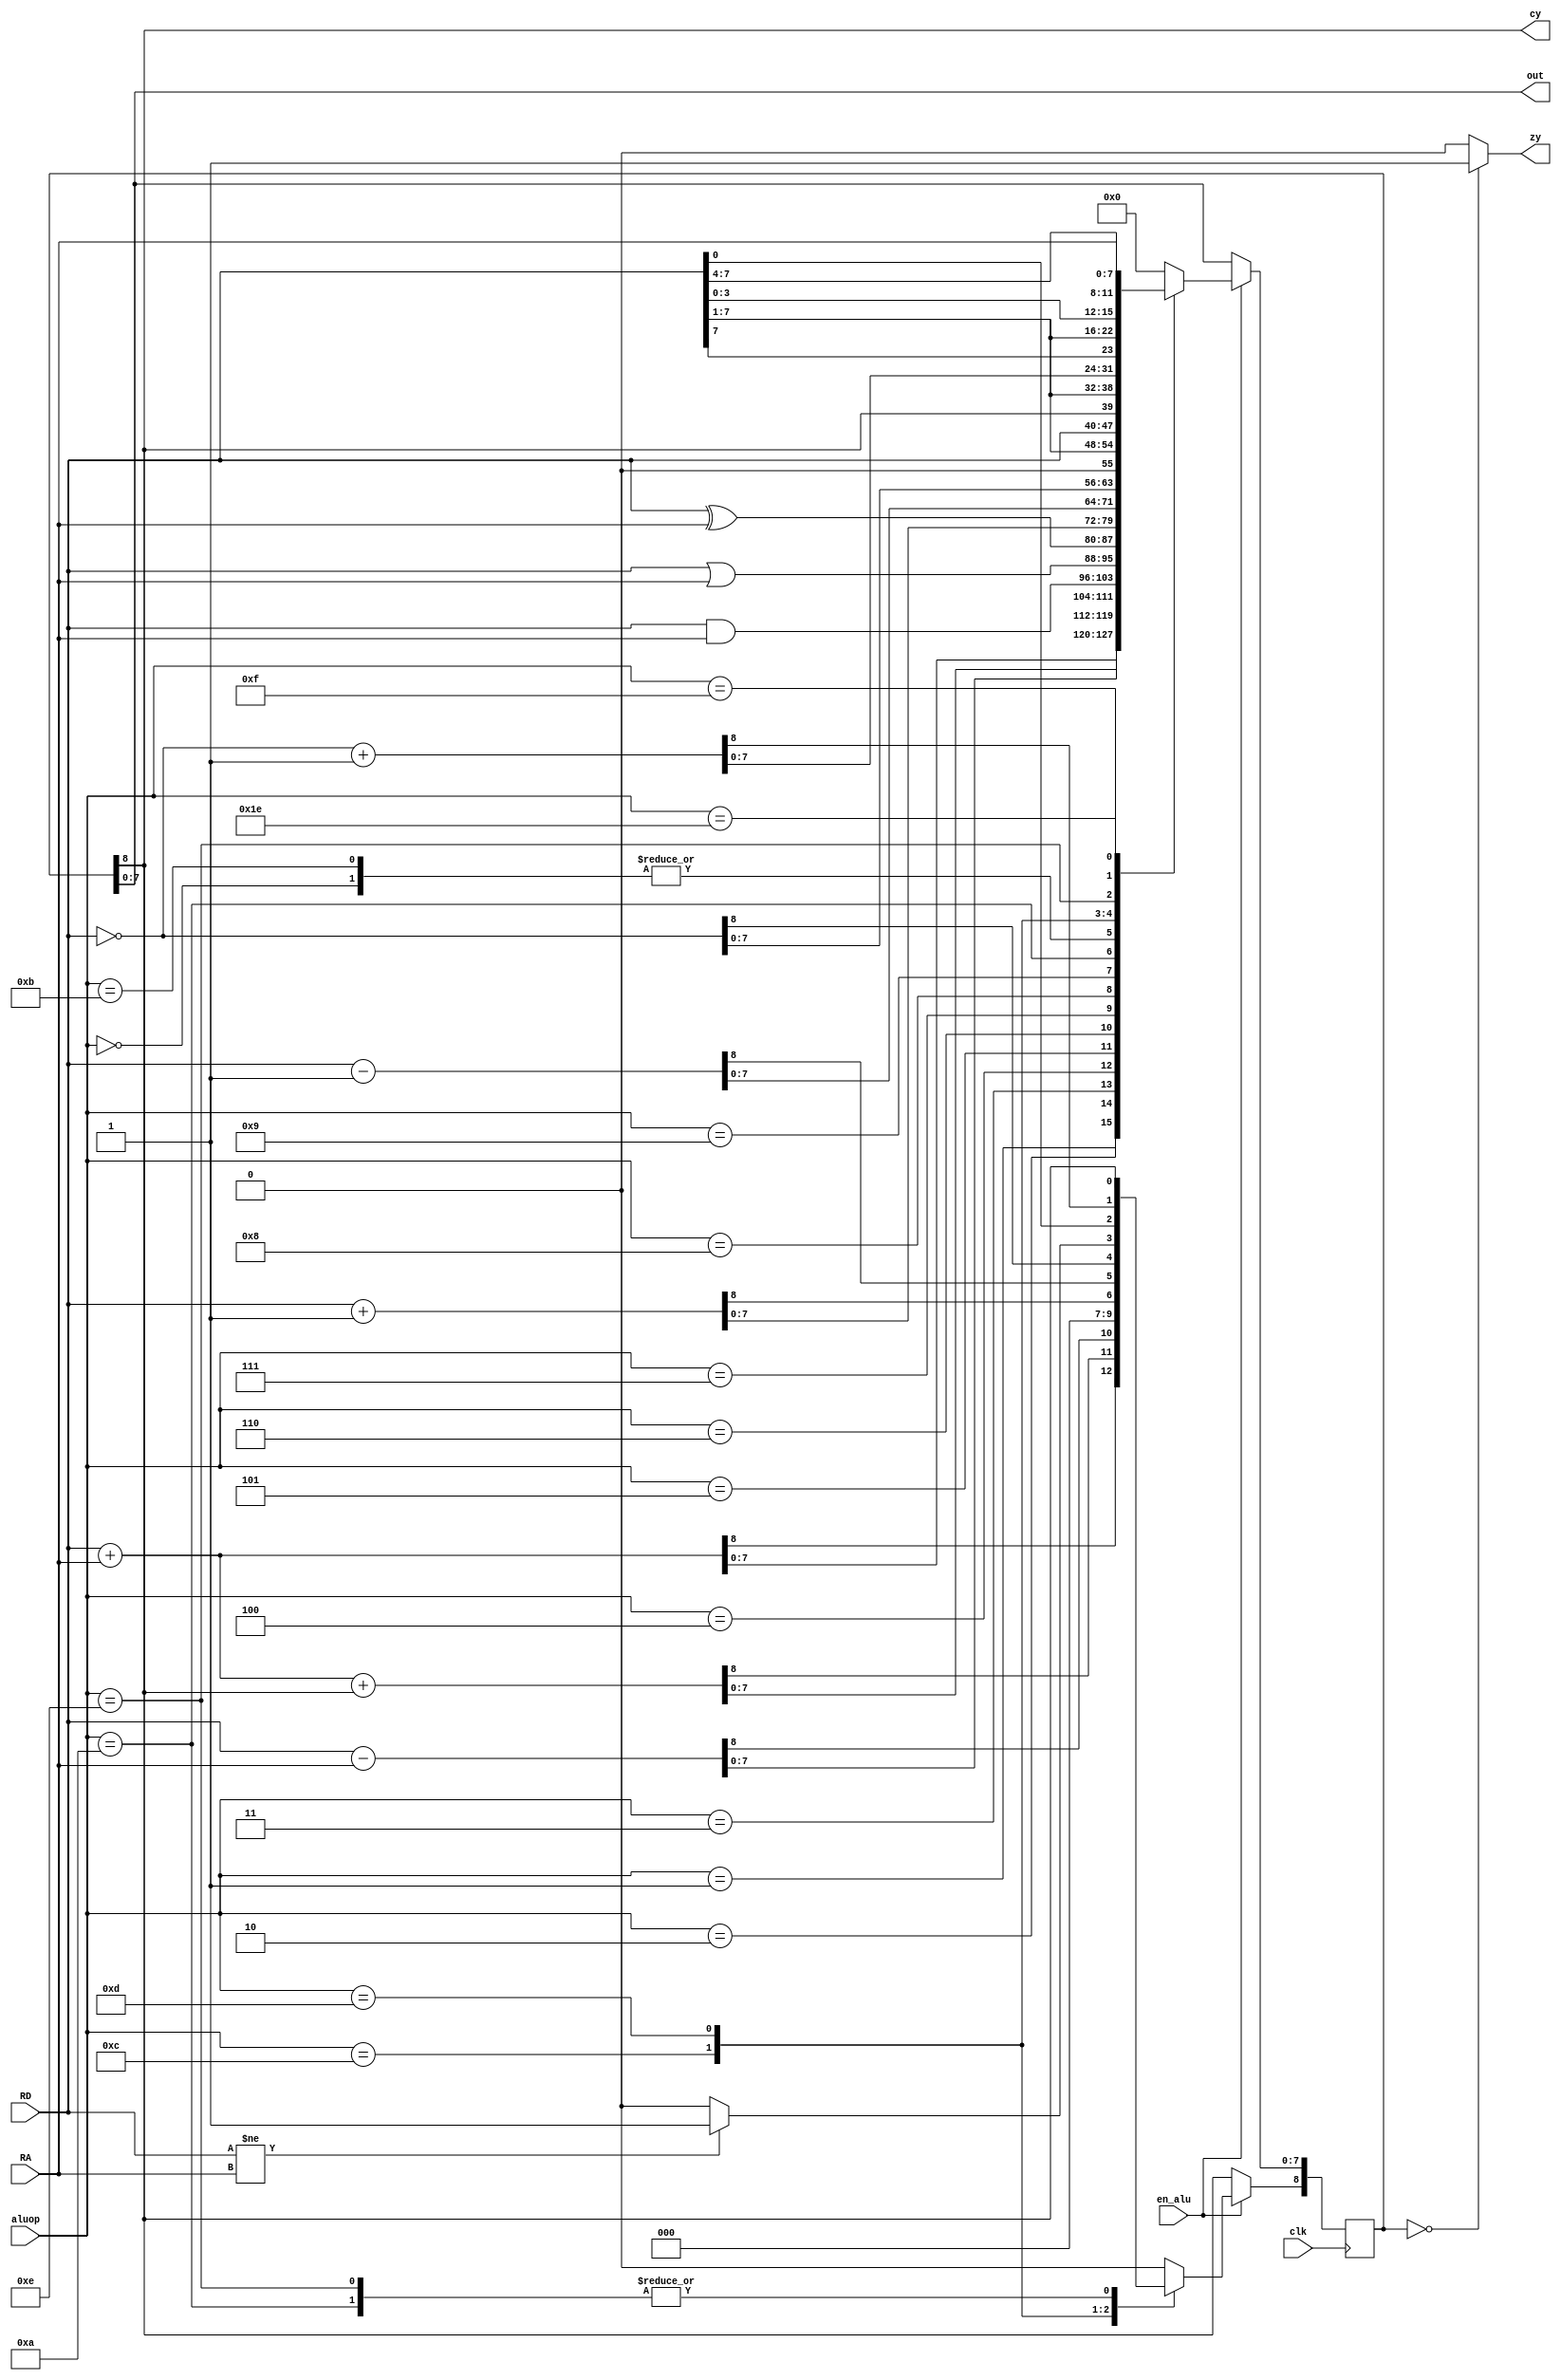
`timescale 1ns / 1ps
/*
ALU performs all arithmatical and logical operation on inputs according aluop input.
Carry Flag, Zero Flag changes according to execution.
*/
module Alu(clk, en_alu, RD, RA, aluop, out, cy, zy);

  input         clk;                                           // clock
  input         en_alu;                                        // ALU enable
  input  [7:0]  RD;                                            // Operand_2 Data 
  input  [7:0]  RA;  	                                       // Operand_1 Data
  input  [4:0]  aluop;                                         // alu operation 
  output [7:0]  out;                                           // alu result
  output        cy,zy;                                         // carry and zero flag
	 
  reg    [8:0]  result;                                        //All operation will take place at this reg

  assign cy  =  result[8];                                     //assigning carry to the last bit of result
 
  assign out =  result[7:0];                                   //assigning result to output of 8 bits data
 
  assign zy  = (result == 9'd0) ? 1'b1 : 1'b0;                 //zero flag

  always @(posedge clk)
  begin
    if(en_alu)
    begin
      case(aluop)
        
        5'b00000: result        <=   RD;                        // NOP,STS,LD
        
        5'b00001: result        <=   RD + RA;                   // Addition ADD, Left shift by 1(LSL)
        
        5'b00010: result        <=   RD + RA + result[8];       // Add with carry(ADC), Left shift through carry(ROL)
        
        5'b00011: result        <=   RD - RA;                   // Subtraction SUB
        
        5'b00100: result        <=   RD & RA;                   // AND_operation
        
        5'b00101: result        <=   RD | RA;                   // OR_operation
        
        5'b00110: result        <=   RD ^ RA;                   // XOR
        
        5'b00111: result        <=   RD + 1'b1;                 // Increment INC
        
        5'b01000: result        <=   RD - 1'b1;                 // Decrement DEC
            
        5'b01001: result        <=  ~RD;                        // Complement COM
            
        5'b01010: result[7:0]   <=   RD >> 1;                   // Right_shift by 1 (LSR)
            
        5'b01011: begin                                         // Compare CP & CPI
                   if(RD != RA)
                      result[8] <=   1;
				   else 
                      result[8] <=   0;    
                   result[7:0]  <=  RD;
                  end
                      
        5'b01100: result        <=   {RD[0],result[8],RD[7:1]};  // Right shift through carry ROR
            
        5'b01101: result        <=   ~ RD + 1;                   // 2's Complement NEG
            
        5'b01110: result        <=  {result[8],RD[7],RD[7:1]};   // Arithmetic Shift Right ASR
            
        5'b01111: result        <=  {RD[3:0],RD[7:4]};           // swap nibbles SWAP
            
        5'b11110: result        <=  RA;                          // buffer for MOV
            
        default : result        <=  0;
        
      endcase
	  
    end
        
  end

endmodule